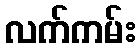
လက်ကမ်း